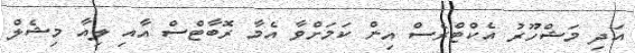
އަދި މަޝްހޫރު އެކްޓްރެސް އިން ކަމަށްވާ އެމާ ރޮބާޓްސް އާއި ލިއާ މިޝެލް